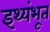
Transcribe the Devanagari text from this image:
इथ्यंभूत